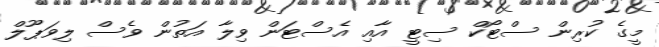
މީގެ ކުރިން ސްޓޯކް ސިޓީ އާއި އެސްޓަން ވިލާ އަތުން ވެސް ލިވަޕޫލް